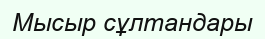
Мысыр сұлтандары